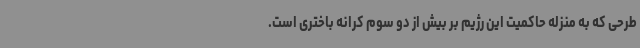
طرحی که به منزله حاکمیت این رژیم بر بیش از دو سوم کرانه باختری است.